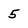
Character: 5